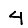
Digit: 4